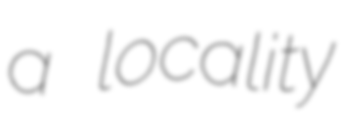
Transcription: a locality